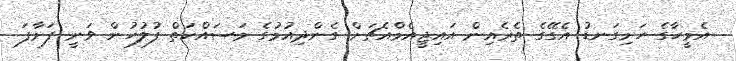
އެމީހާގެ ހަށިގަނޑު އެގޭގެ ތެރެއިން އައިޖީއެމްއެޗަށް ގެންދިއުމުގެ މަސައްކަތް ފުލުހުން ވަނީ ފަށާފަ